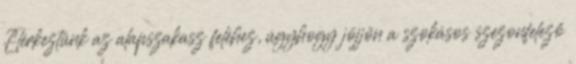
Elérkeztünk az alapszakasz feléhez, úgyhogy jöjjön a szokásos szezonfelező